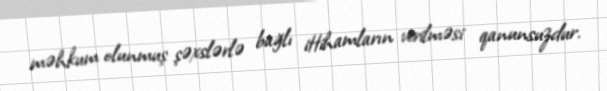
məhkum olunmuş şəxslərlə bağlı ittihamların verilməsi qanunsuzdur.